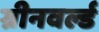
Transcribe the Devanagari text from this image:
ग्रीनवर्ल्ड